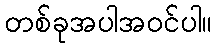
တစ်ခုအပါအဝင်ပါ။